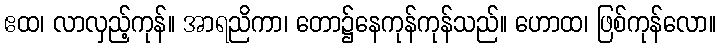
ဧထ၊ လာလှည့်ကုန်။ အာရညိကာ၊ တော၌နေကုန်ကုန်သည်။ ဟောထ၊ ဖြစ်ကုန်လော။